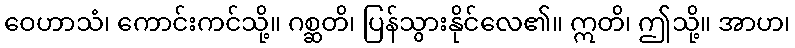
ဝေဟာသံ၊ ကောင်းကင်သို့။ ဂစ္ဆတိ၊ ပြန်သွားနိုင်လေ၏။ ဣတိ၊ ဤသို့။ အာဟ၊